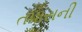
તપાસની